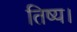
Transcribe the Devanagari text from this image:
तिष्य।